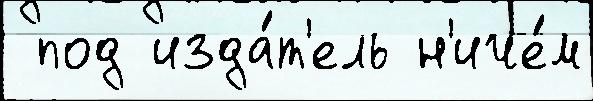
 под изда́т'ель н'иче́м